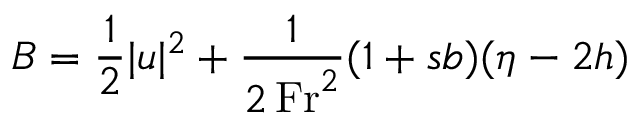
B = \frac { 1 } { 2 } | \boldsymbol { u } | ^ { 2 } + \frac { 1 } { 2 \, \mathrm { F r } ^ { 2 } } ( 1 + \mathfrak { s } b ) ( \eta - 2 h )